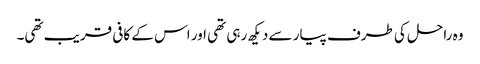
وہ راحل کی طرف پیار سے دیکھ رہی تھی اور اس کے کافی قریب تھی۔